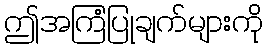
ဤအကြံပြုချက်များကို